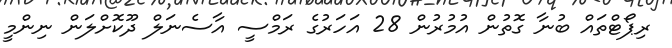
ރިޕޯޓްތައް ބުނާ ގޮތުން އުމުރުން 28 އަހަރުގެ ރަމްސީ އާސެނަލް ދޫކޮށްލަން ނިންމީ